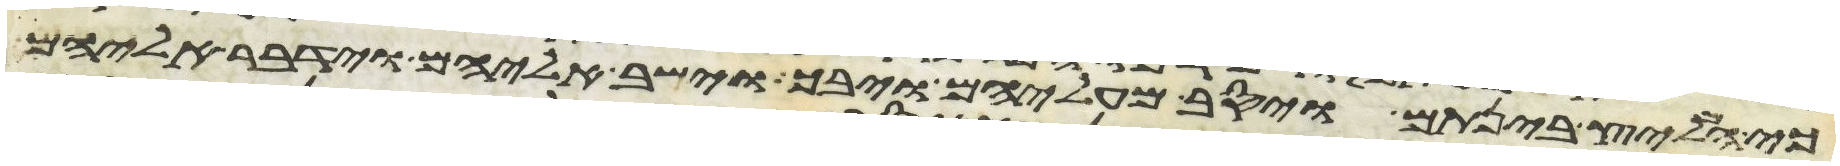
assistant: כי המליץ בינתם ויסב מעליהם ויבך וישב אליהם וידבר אליהם